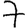
Digit: 7